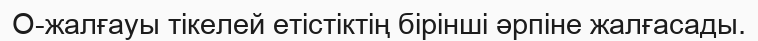
О-жалғауы тікелей етістіктің бірінші әрпіне жалғасады.